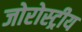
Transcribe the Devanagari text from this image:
जोरोस्ट्रीय